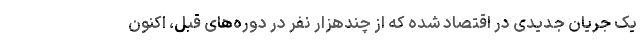
یک جریان جدیدی در اقتصاد شده که از چندهزار نفر در دوره‌های قبل، اکنون